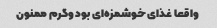
واقعا غذای خوشمزه‌ای بود وگرم ممنون